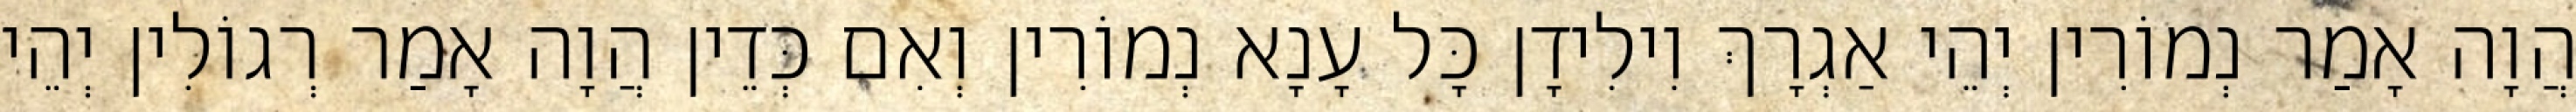
הֲוָה אָמַר נְמוֹרִין יְהֵי אַגְרָךְ וִילִידָן כָּל עָנָא נְמוֹרִין וְאִם כְּדֵין הֲוָה אָמַר רְגוֹלִין יְהֵי